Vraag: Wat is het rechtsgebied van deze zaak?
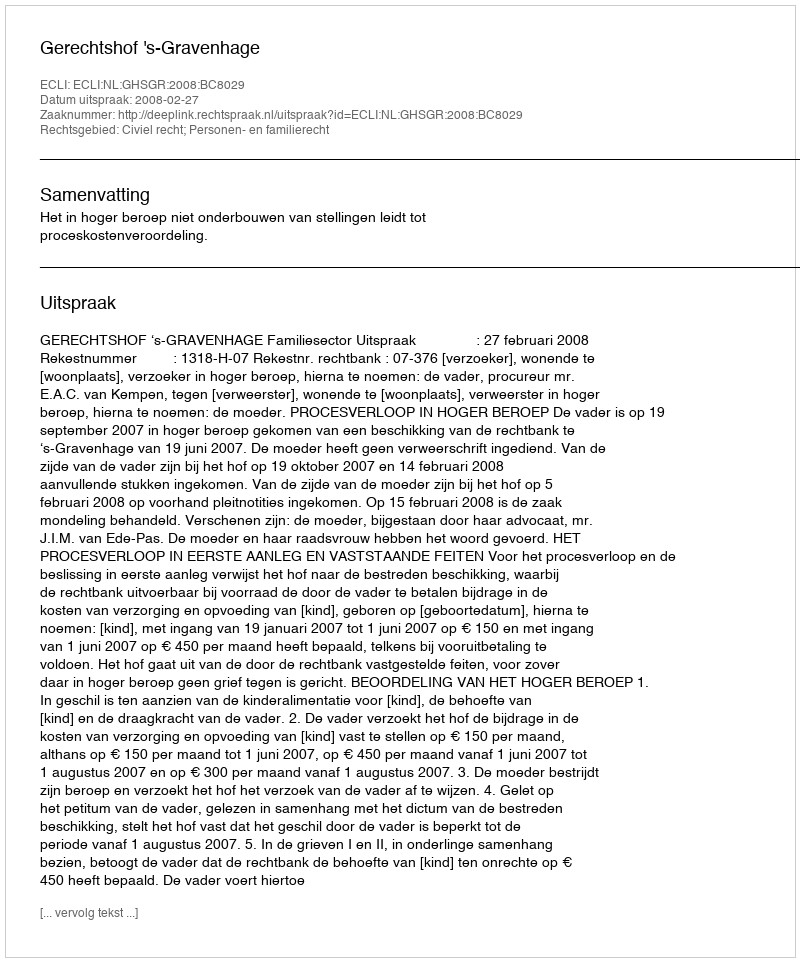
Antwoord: Civiel recht; Personen- en familierecht